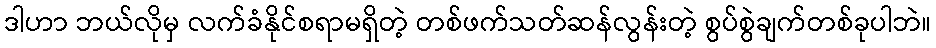
ဒါဟာ ဘယ်လိုမှ လက်ခံနိုင်စရာမရှိတဲ့ တစ်ဖက်သတ်ဆန်လွန်းတဲ့ စွပ်စွဲချက်တစ်ခုပါဘဲ။